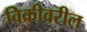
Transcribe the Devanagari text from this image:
विक्रीवरील